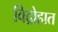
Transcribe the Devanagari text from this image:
विद्रोहात